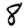
Digit: 8